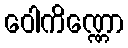
ဝေါကိဏ္ဏော